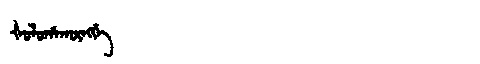
Manchu: ᡧᠣᠯᠣᡥᠠᡴᡡᠩᡤᡝ
Romanization: ŠOLOHAKŪNGGE